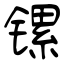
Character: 镙